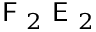
\textsf { F } _ { 2 } \textsf { E } _ { 2 }